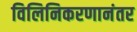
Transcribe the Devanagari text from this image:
विलिनिकरणानंतर